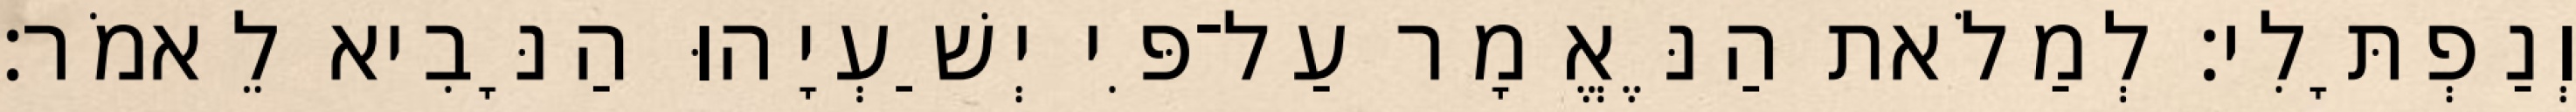
וְנַפְתָּלִי׃ לְמַלֹאת הַנֶּאֱמָר עַל־פִּי יְשַׁעְיָהוּ הַנָּבִיא לֵאמֹר׃